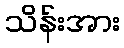
သိန်းအား